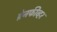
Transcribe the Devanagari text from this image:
ब्रेनफीव्हर